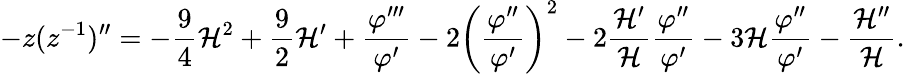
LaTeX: -z(z^{-1})^{\prime\prime}=-\frac{9}{4}{\cal H}^{2}+\frac{9}{2}{\cal H}^{\prime}+\frac{\varphi^{\prime\prime\prime}}{\varphi^{\prime}}-2\biggl(\frac{\varphi^{\prime\prime}}{\varphi^{\prime}}\biggr)^{2}-2\frac{{\cal H}^{\prime}}{\cal H}\frac{\varphi^{\prime\prime}}{\varphi^{\prime}}-3{\cal H}\frac{\varphi^{\prime\prime}}{\varphi^{\prime}}-\frac{{\cal H}^{\prime\prime}}{\cal H}.